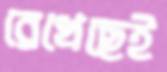
রেখেছেই